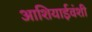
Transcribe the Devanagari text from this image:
आशियाईवंशी